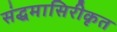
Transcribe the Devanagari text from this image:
संद्धमासिरीकृत